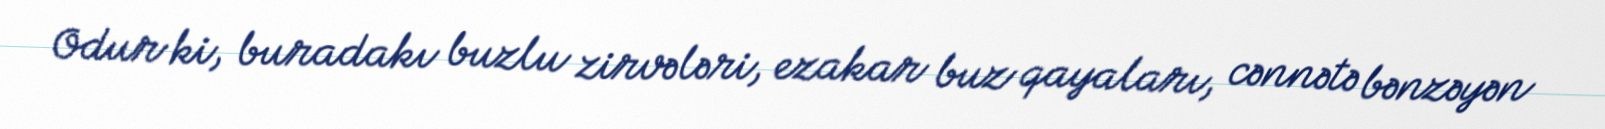
Odur ki, buradakı buzlu zirvələri, ezakar buz qayaları, cənnətə bənzəyən